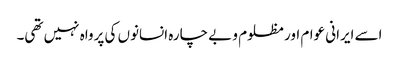
اسے ایرانی عوام اور مظلوم و بے چارہ انسانوں کی پرواہ نہیں تھی۔